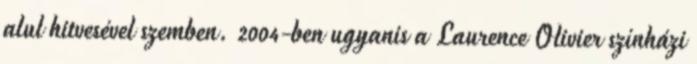
alul hitvesével szemben. 2004-ben ugyanis a Laurence Olivier színházi